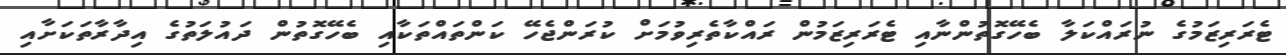
ޓެރަރިޒަމުގެ ނުރައްކަލާ ބެހޭގޮތުންނާއި ޓެރަރިޒަމުން ރައްކާތެރިވުމަށް ކުރަންޖެހޭ ކަންތައްތަކާއި ބެހޭގޮތުން ދައުލަތުގެ އިދާރާތަކަށާއި